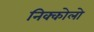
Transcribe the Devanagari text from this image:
निक्कोलो